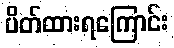
ပိတ်ထားရကြောင်း